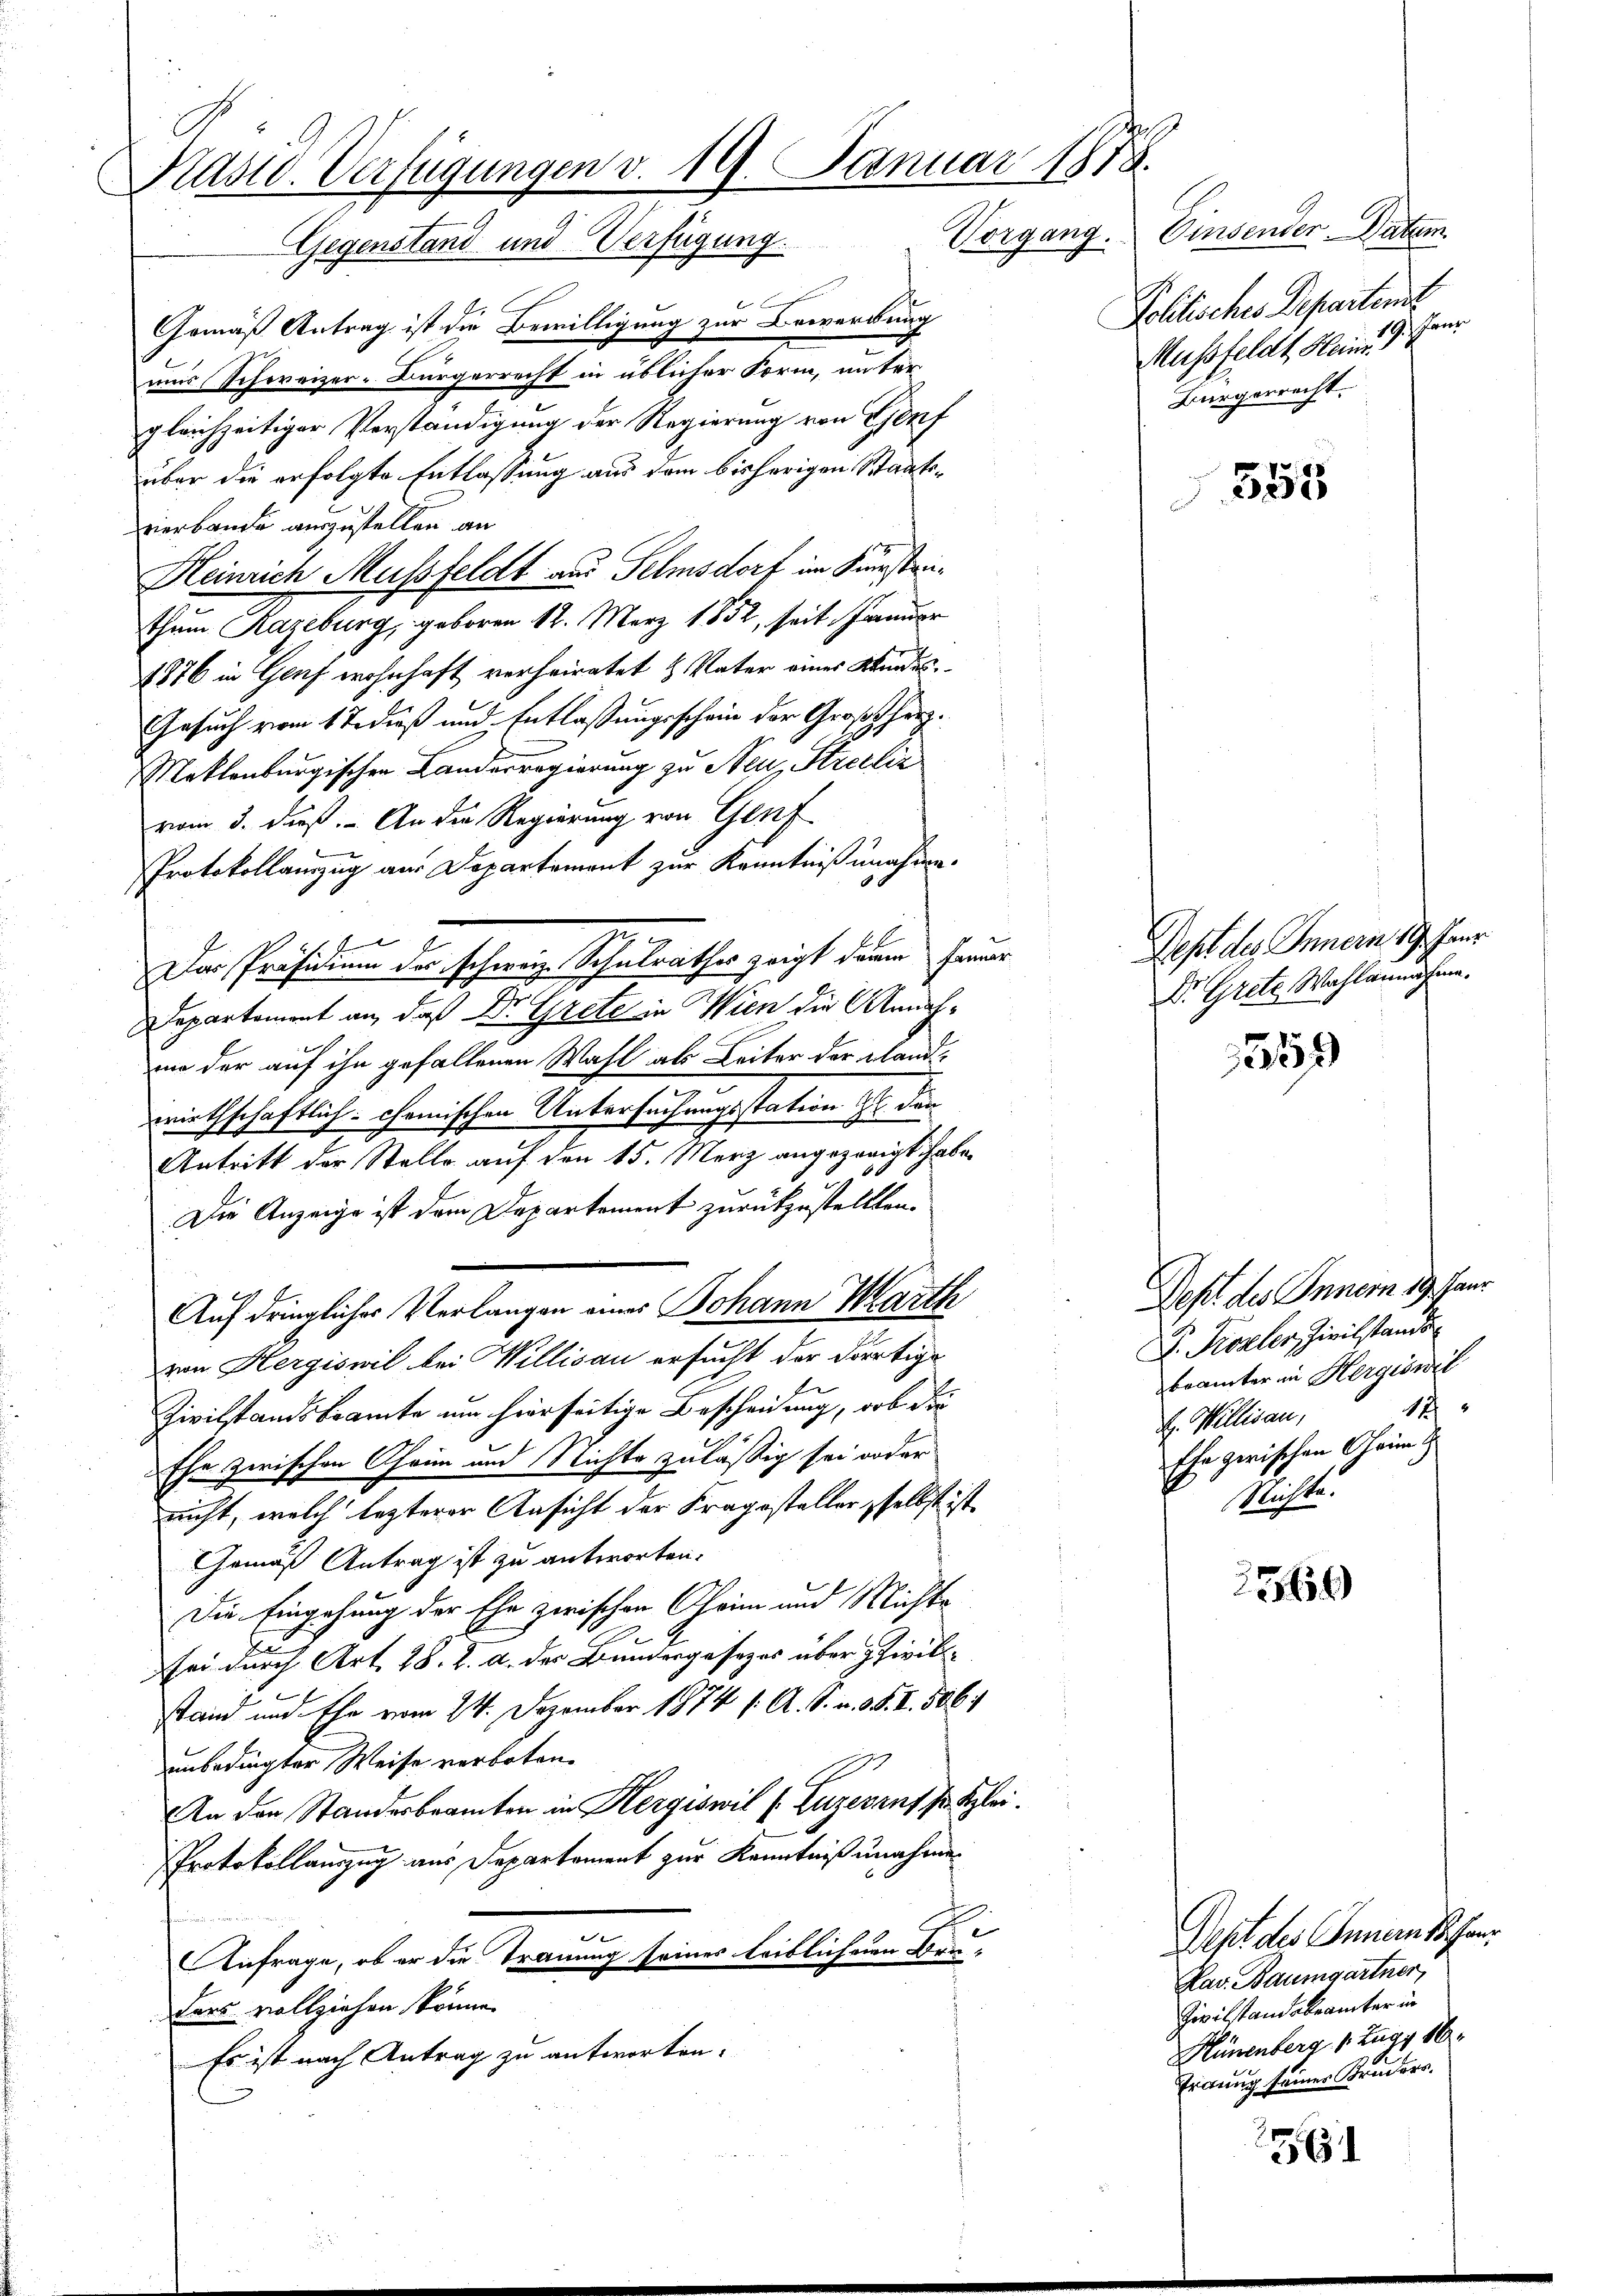
Kasid. Verfügungen v. 19. Januar 1878.
Gegenstand und Verfügung. Vorgang. Einsender Datum

Gemäß Antrag ist die Bewilligung zur Bewerbung
mir Schweizer-Bürgerrecht in üblicher Form, unter
gleichzeitiger Verständigung der Regierung von Genf
über die erfolgte Entlassung aus dem bisherigen Staatsvierbande auszustellen an
Heinrich Mussfeldt aus Selmsdorf im Kunstreithum Razeburg, geboren 12. März 1852, seit fander
1876 in Genf wohnhaft verheiratet u. Vater eines Wundes
Gesuch vom 1te dieß und Entlassungsschein der Großherz¬
Mattenburgischen Landerregierung zu Neu, Strecliz
vom 3. dieß. An die Regierung von Genf
Protokollanzug aus Departement zur Kenntniß unahme.
Das Präsidium der schweiz. Schulrathes zeigt darin Frauer
Departement an, daß Dr. Grete in Wien die Annahme der auf ihn gefallenen Wahl als Leiter der plandwirthschaftlich: chemischen Untersuchungsstation H. den
Antritt der Stelle auf den 15. März angezeigt habe.
Die Anzeige ist dem Departement zurückzustellten.
Auf dringlicher Verlangen eines Johann Marth
von Hergiswil bei Willisau ersucht der dortige
Zivilstandsbeamte um hierseitige Bescheidung, ob die
Ehe zwischen Chrim und Nichte zuläßig sei oder
nicht, welch lezterer Ansicht der Fragesteller selbst ist
Gemäß Antrag ist zu antworten.
Die Eingehung der Ehe zwischen Chrim und Michte
sei durch Art. 28. v. a. der Bundergesezes über Zivil¬
Stand und Ehe vom 24. Dezember 1874 /: A. S. v. 5. I. 1886/
unbedingter Weise verboten.
An den Standesbeamten in Hergiswil s. Luzerauf fr. Klei¬
Protokollauszug aus Departement zur Kenntnißnahmen
Anfrage, ob er die Trauung seines leiblichen Bruders vollziehen könne.
Es ist nach Antrag zu antworten.

Politisches Departen
Mussfeldt Heinr. 9. Fer
Bürgerrecht.

355

Dept des Innern 19. Janr
Dr. Grete Wahlannähme.

1359)

Dept des Innern d. Janr
D. Probler, Zivilstand
brämter in Hergiswil
17 x
k. Willisau,
Ehe gerischen Oheim G
Müchte.

1566

Pept des Innern Pfan
Kav. Baumgartner,
Zivilstandabrämter in
Hünenberg 1. Zug. 16.
Erdung seiner Kruders.

1